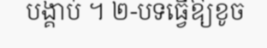
បង្គាប់ ។ ២-បទធ្វើឱ្យខូច